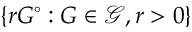
\left\{ r G ^ { \circ } : G \in { \mathcal { G } } , r > 0 \right\}